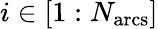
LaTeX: i\in\left[1:N_{\mathrm{arcs}}\right]